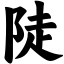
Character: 陡